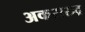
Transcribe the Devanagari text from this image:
अकरारुद्र